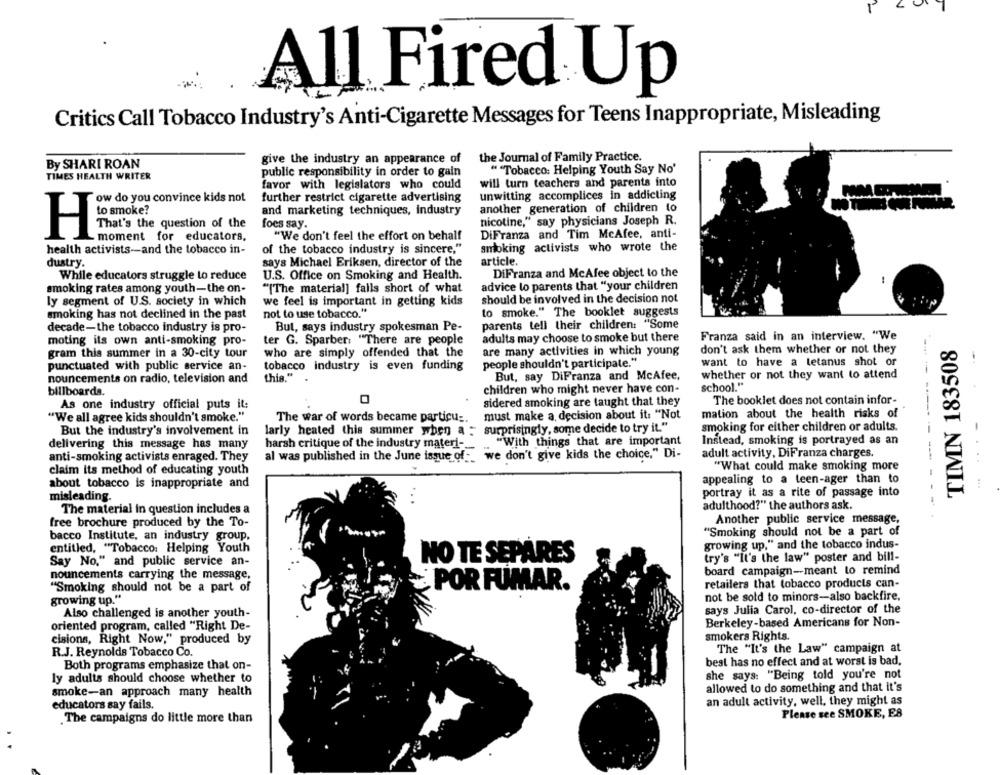
All Fired Up
Critics Call Tobacco Industry's Anti-Cigarette Messages for Teens Inappropriate, Misleading
give the industry an appearance of
the Journal of Family Practice.
By SHARI ROAN
" "Tobacco: Helping Youth Say No'
TIMES HEALTH WRITER
public responsibility in order to gain
favor with legislators who could
will turn teachers and parents into
unwitting accomplices in addicting
ow do you convince kids not
further restrict cigarette advertising
to smoke?
another generation of children to
and marketing techniques, industry
That's the question of the
foes say.
nicotine," say physicians Joseph R.
moment for educators,
"We don't feel the effort on behalf
DiFranza and Tim McAfee, anti-
health activists-and the tobacco in-
smoking activists who wrote the
of the tobacco industry is sincere,"
dustry.
says Michael Eriksen, director of the
article.
While educators struggle to reduce
U.S. Office on Smoking and Health.
DiFranza and McAfee object to the
"[The material] falls short of what
advice lo parents that "your children
smoking rates among youth-the on-
ly segment of U.S. society in which
we feel is important in getting kids
should be involved in the decision not
smoking has not declined in the past
not to use tobacco."
to smoke." The booklet suggests
parents tell their children: "Some
decade-the tobacco industry is pro-
But, says industry spokesman Pe-
moting its own anti-smoking pro-
ter G. Sparber: "There are people
adults may choose to smoke but there
Franza said in an interview. "We
TIMN 183508
don't ask them whether or not they
gram this summer in a 30-city tour
who are simply offended that the
are many activities in which young
tobacco industry is even funding
people shouldn't participate."
want to have a tetanus shot or
punctuated with public service an-
----
nouncements on radio, television and
this."
But, say DiFranza and McAfee,
whether or not they want to attend
school."
billboards.
children who might never have con-
0
sidered smoking are taught that they
The booklet does not contain infor-
As one industry official puts it:
"We all agree kids shouldn't smoke."
The war of words became particu _.
must make a decision about it: "Not
mation about the health risks of
But the industry's involvement in
larly heated this summer when a :
smoking for either children or adults.
"With things that are important
Instead, smoking is portrayed as an
delivering this message has many
harsh critique of the industry materi -...
anti-smoking activists enraged. They
al was published in the June issue of __ we don't give kids the choice," Di-
adult activity, DiFranza charges.
claim Its method of educating youth
"What could make smoking more
appealing to a teen-ager than to
about tobacco is inappropriate and
....
misleading.
portray it as a rite of passage into
..
---
The material in question includes a
adulthood?" the authors ask.
Another public service message,
free brochure produced by the To-
"Smoking should not be a part of
bacco Institute, an industry group,
entitled, "Tobacco: Helping Youth
growing up," and the tobacco indus-
NO TE SEPARES
try's "It's the law" poster and bill-
Say No." and public service an-
board campaign-meant to remind
nouncements carrying the message,
"Smoking should not be a part of
POR FUMAR.
retailers that tobacco products can-
not be sold to minors-also backfire.
growing up."
Also challenged is another youth-
says Julia Carol, co-director of the
oriented program, called "Right De-
Berkeley-based Americans for Non-
smokers Rights.
cisions, Right Now," produced by
The "It's the Law" campaign at
R.J. Reynolds Tobacco Co.
Both programs emphasize that on-
best has no effect and at worst is bad.
she says: "Being told you're not
ly adults should choose whether to
allowed to do something and that it's
smoke-an approach many health
educators say fails.
an adult activity, well, they might as
. The campaigns do little more than
Please see SMOKE, ES